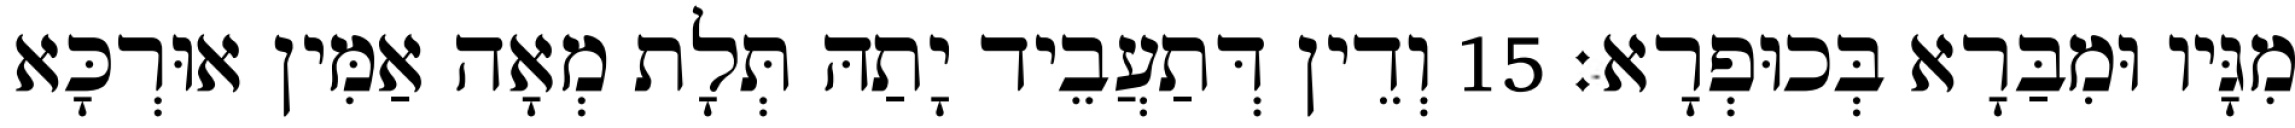
מִגָּיו וּמִבַּרָא בְּכוּפְרָא׃ 15 וְדֵין דְּתַעֲבֵיד יָתַהּ תְּלָת מְאָה אַמִּין אוּרְכָּא